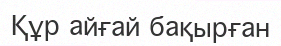
Құр айғай бақырған